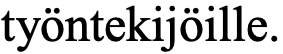
työntekijöille.